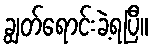
ချွတ်ရောင်းခဲ့ရပြီ။